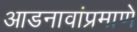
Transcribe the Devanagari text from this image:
आडनावांप्रमाणे